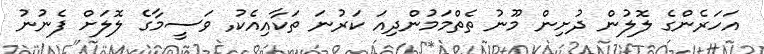
އަހަރެންގެ ލޮލުން ދުށިން މޫނު ތެތްމަމުންދިއަ ކަރުނަ ތަކާއިއެކު